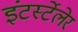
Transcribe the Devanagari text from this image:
इंटर्स्टेलेर